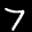
Label: 7